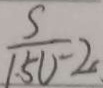
\frac { S } { 1 5 0 - 2 }